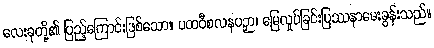
လေးခုတို့၏ ပြည့်ကြောင်းဖြစ်သော။ ပထဝီစလနပဉှာ၊ မြေလှုပ်ခြင်းပြဿနာမေးခွန်းသည်။